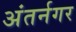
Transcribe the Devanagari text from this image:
अंतर्नगर